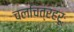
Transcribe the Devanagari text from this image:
चलचित्रहरूः